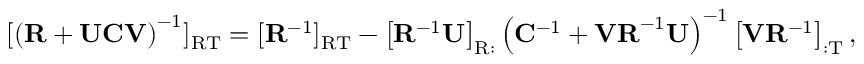
[ \left( \mathbf { R } + \mathbf { U C V } \right) ^ { - 1 } ] _ { \mathrm { R T } } = [ \mathbf { R } ^ { - 1 } ] _ { \mathrm { R T } } - \left[ \mathbf { R } ^ { - 1 } \mathbf { U } \right] _ { \mathrm { R : } } \left( \mathbf { C } ^ { - 1 } + \mathbf { V R } ^ { - 1 } \mathbf { U } \right) ^ { - 1 } \left[ \mathbf { V } \mathbf { R } ^ { - 1 } \right] _ { \mathrm { : T } } ,